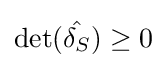
\det({\hat {\delta _{S}}})\geq 0